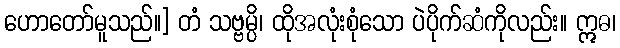
ဟောတော်မူသည်။] တံ သဗ္ဗမ္ပိ၊ ထိုအလုံးစုံသော ပဲပိုက်ဆံကိုလည်း။ ဣဓ၊